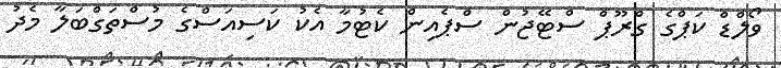
ވޯލްޑް ކަޕްގެ ގްރޫޕް ސްޓޭޖުން ސްޕެއިން ކެޓުމާ އެކު ކަސިއަސްގެ މުސްތަގްބަލާ މެދު